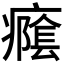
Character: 𭼭